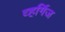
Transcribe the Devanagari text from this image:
व्हर्गिज